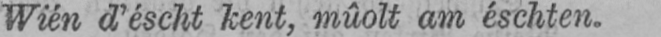
Wién d’éscht kent, mûolt am éschten.